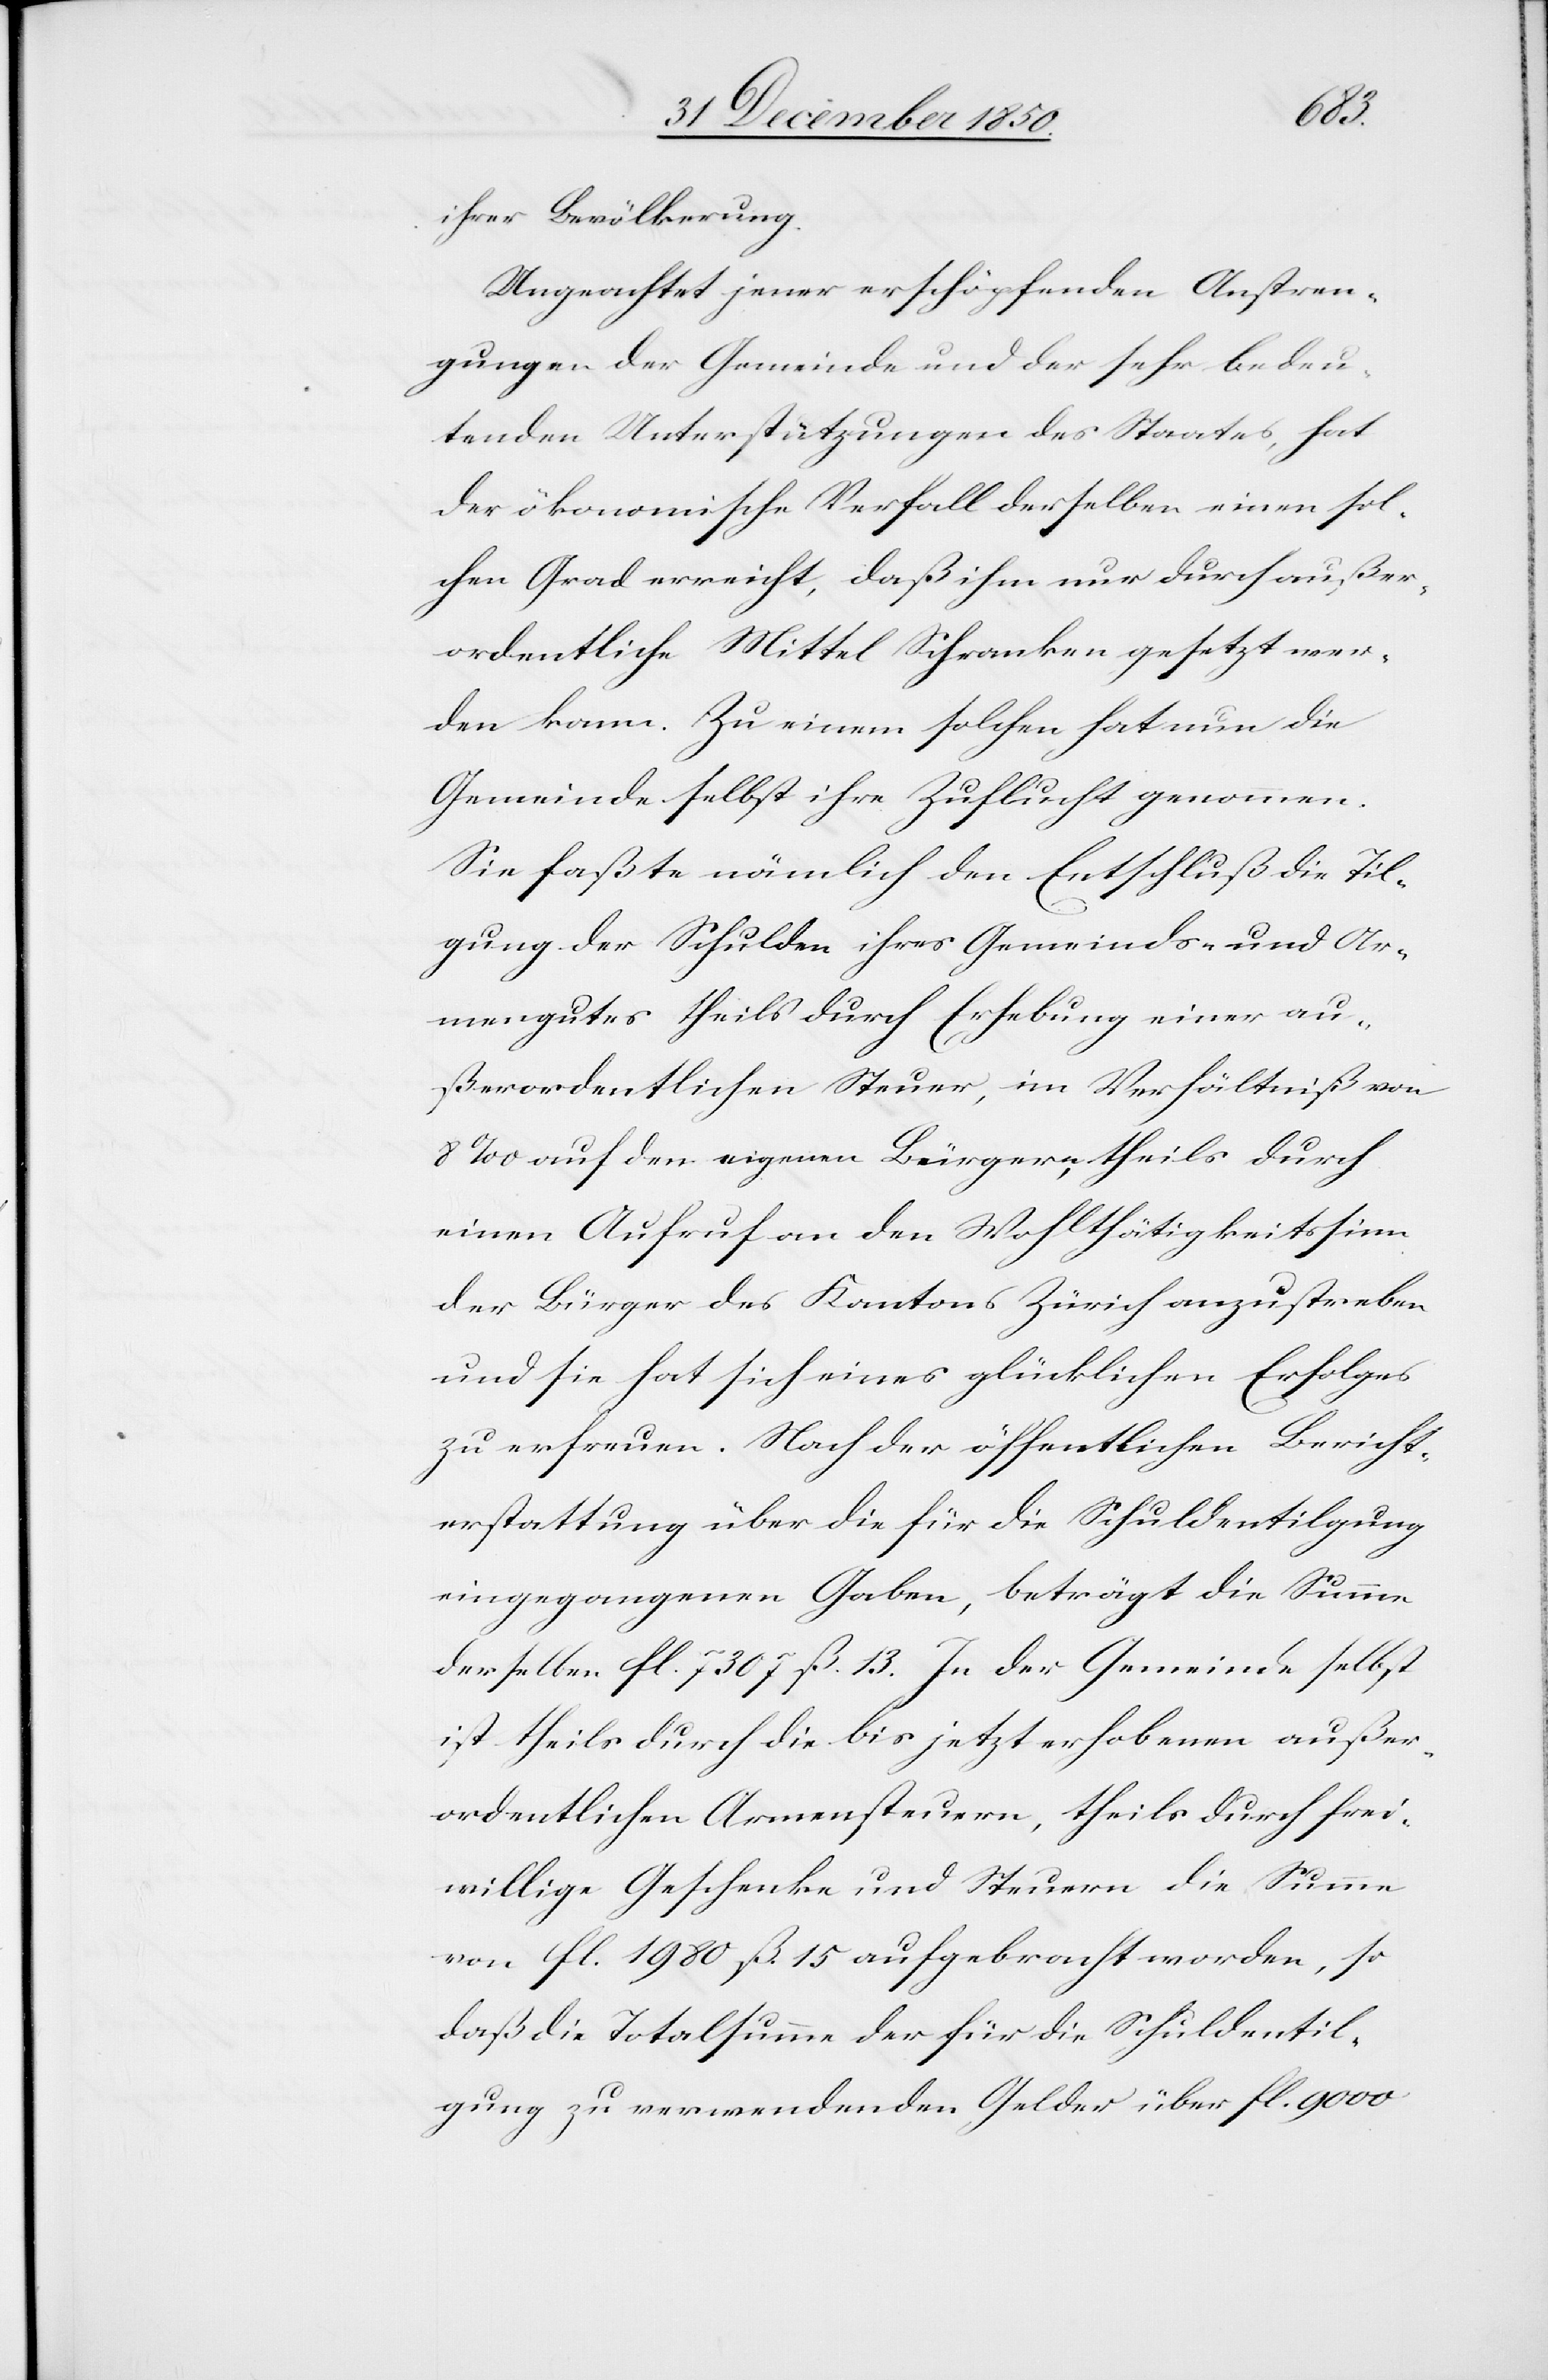
ihrer Bevölkerung.
Ungeachtet jener erschöpfenden Anstren¬
gungen der Gemeinde und der sehr bedeu¬
tenden Unterstützungen des Staates, hat
der ökonomische Verfall derselben einen sol¬
chen Grad erreicht, daß ihm nur durch außer¬
ordentliche Mittel Schranken gesetzt wer¬
den kann. Zu einem solchen hat nun die
Gemeinde selbst ihre Zuflucht genommen.
Sie faßte nämlich den Entschluß die Til¬
gung der Schulden ihres Gemeinds- und Ar¬
mengutes theils durch Erhebung einer au¬
ßerordentlichen Steuer, im Verhältniß von
8 ‰ auf den eigenen Bürgern, theils durch
einen Aufruf an den Wohlthätigkeitssinn
der Bürger des Kantons Zürich anzustreben
und sie hat sich eines glücklichen Erfolges
zu erfreuen. Nach der öffentlichen Bericht¬
erstattung über die für die Schuldentilgung
eingegangenen Gaben, beträgt die Summe
derselben fl. 7307 ß. 13. In der Gemeinde selbst
ist theils durch die bis jetzt erhobenen außer¬
ordentlichen Armensteuern, theils durch frei¬
willige Geschenke und Steuern die Summe
von fl. 1980 ß 15 aufgebracht worden, so
daß die Totalsumme der für die Schuldentil¬
gung zu verwendenden Gelder über fl. 9000